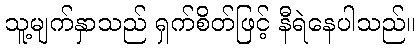
သူ့မျက်နှာသည် ရှက်စိတ်ဖြင့် နီရဲနေပါသည်။